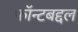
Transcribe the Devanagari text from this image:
फॉन्टबद्दल